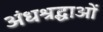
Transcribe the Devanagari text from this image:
अंधश्रद्धाओं